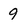
Character: 9